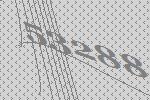
53288